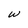
Character: w